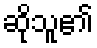
ဆိုသူ၏